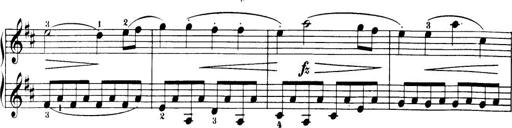
Title: 32 Sonatinas and Rondos for the Piano
Composer: Richard Kleinmichel